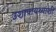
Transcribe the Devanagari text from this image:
उशापायथ्याशीं